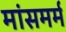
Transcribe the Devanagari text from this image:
मांसमर्म